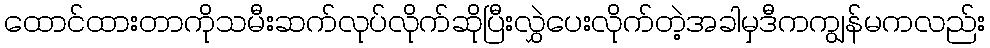
ထောင်ထားတာကိုသမီးဆက်လုပ်လိုက်ဆိုပြီးလွှဲပေးလိုက်တဲ့အခါမှဒီကကျွန်မကလည်း